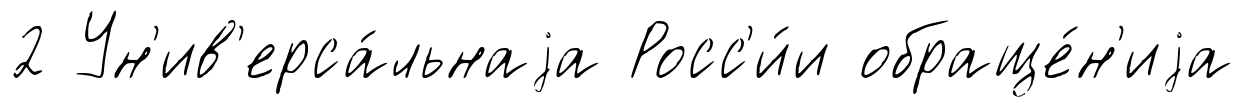
2 Ун'ив'ерса́льнаjа Росс'и́и обраще́н'иjа